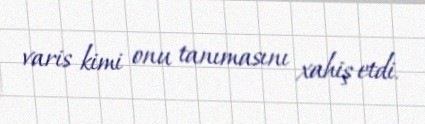
varis kimi onu tanımasını xahiş etdi.